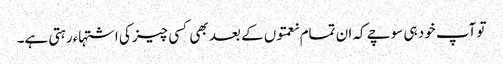
تو آپ خود ہی سوچے کہ ان تمام نعمتوں کے بعد بھی کسی چیز کی اشتہاءرہتی ہے۔